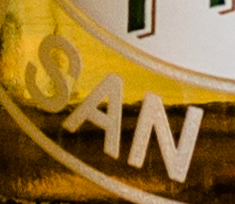
SAN